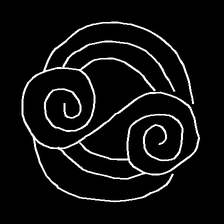
Glyph: wind-underfoot